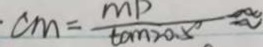
c m = \frac { m p } { \tan 2 0 . 5 ^ { \circ } } \approx